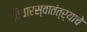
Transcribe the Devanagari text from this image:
विचारस्वातंत्र्याचे